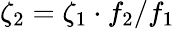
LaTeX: \zeta_{2}=\zeta_{1}\cdot f_{2}/f_{1}